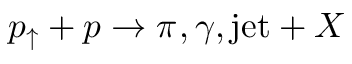
p _ { \uparrow } + { p } \rightarrow \pi ^ { } , \gamma , \mathrm { j e t } + X